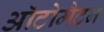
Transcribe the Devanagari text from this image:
ऑटोमैटन